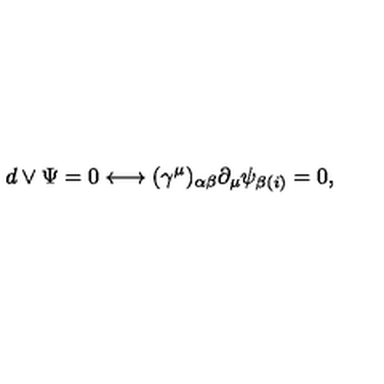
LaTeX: d \vee \Psi = 0 \longleftrightarrow ( \gamma ^ { \mu } ) _ { \alpha \beta } \partial _ { \mu } \psi _ { \beta ( i ) } = 0 ,